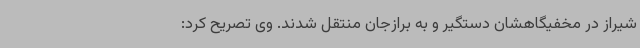
شیراز در مخفیگاهشان دستگیر و به برازجان منتقل شدند. وی تصریح کرد: